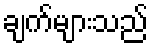
ချက်များသည်